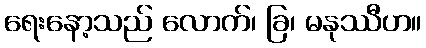
ရေးနော့သည် လောက်၊ ခြ၊ မနုဿီဟ။